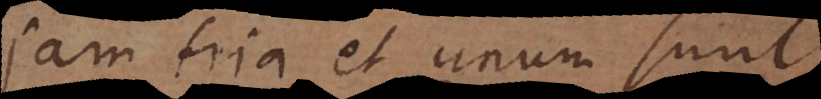
jam tria et unum sunt